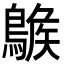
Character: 𪂷